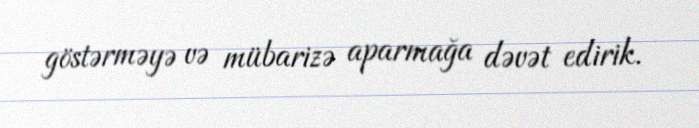
göstərməyə və mübarizə aparmağa dəvət edirik.